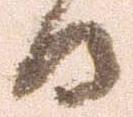
日